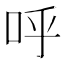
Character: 呼